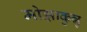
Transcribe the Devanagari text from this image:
मोझाकुन्नु